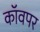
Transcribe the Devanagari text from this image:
कॉवपर